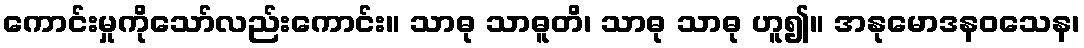
ကောင်းမှုကိုသော်လည်းကောင်း။ သာဓု သာဓူတိ၊ သာဓု သာဓု ဟူ၍။ အနုမောဒနဝသေန၊